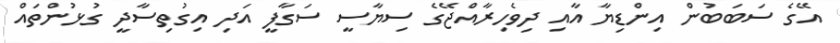
އޭގެ ސަބަބުން އިންޑިޔާ އާއި ދިވެހިރާއްޖޭގެ ސިޔާސީ ސަގާފީ އަދި އިގުތިސާދީ ގުޅުންތައް